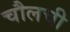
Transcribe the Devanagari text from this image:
चौलची